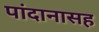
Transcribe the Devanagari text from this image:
पांदानासह